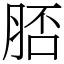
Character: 脴